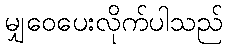
မျှဝေပေးလိုက်ပါသည်